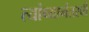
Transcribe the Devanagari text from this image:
त्यांच्यानंतरची